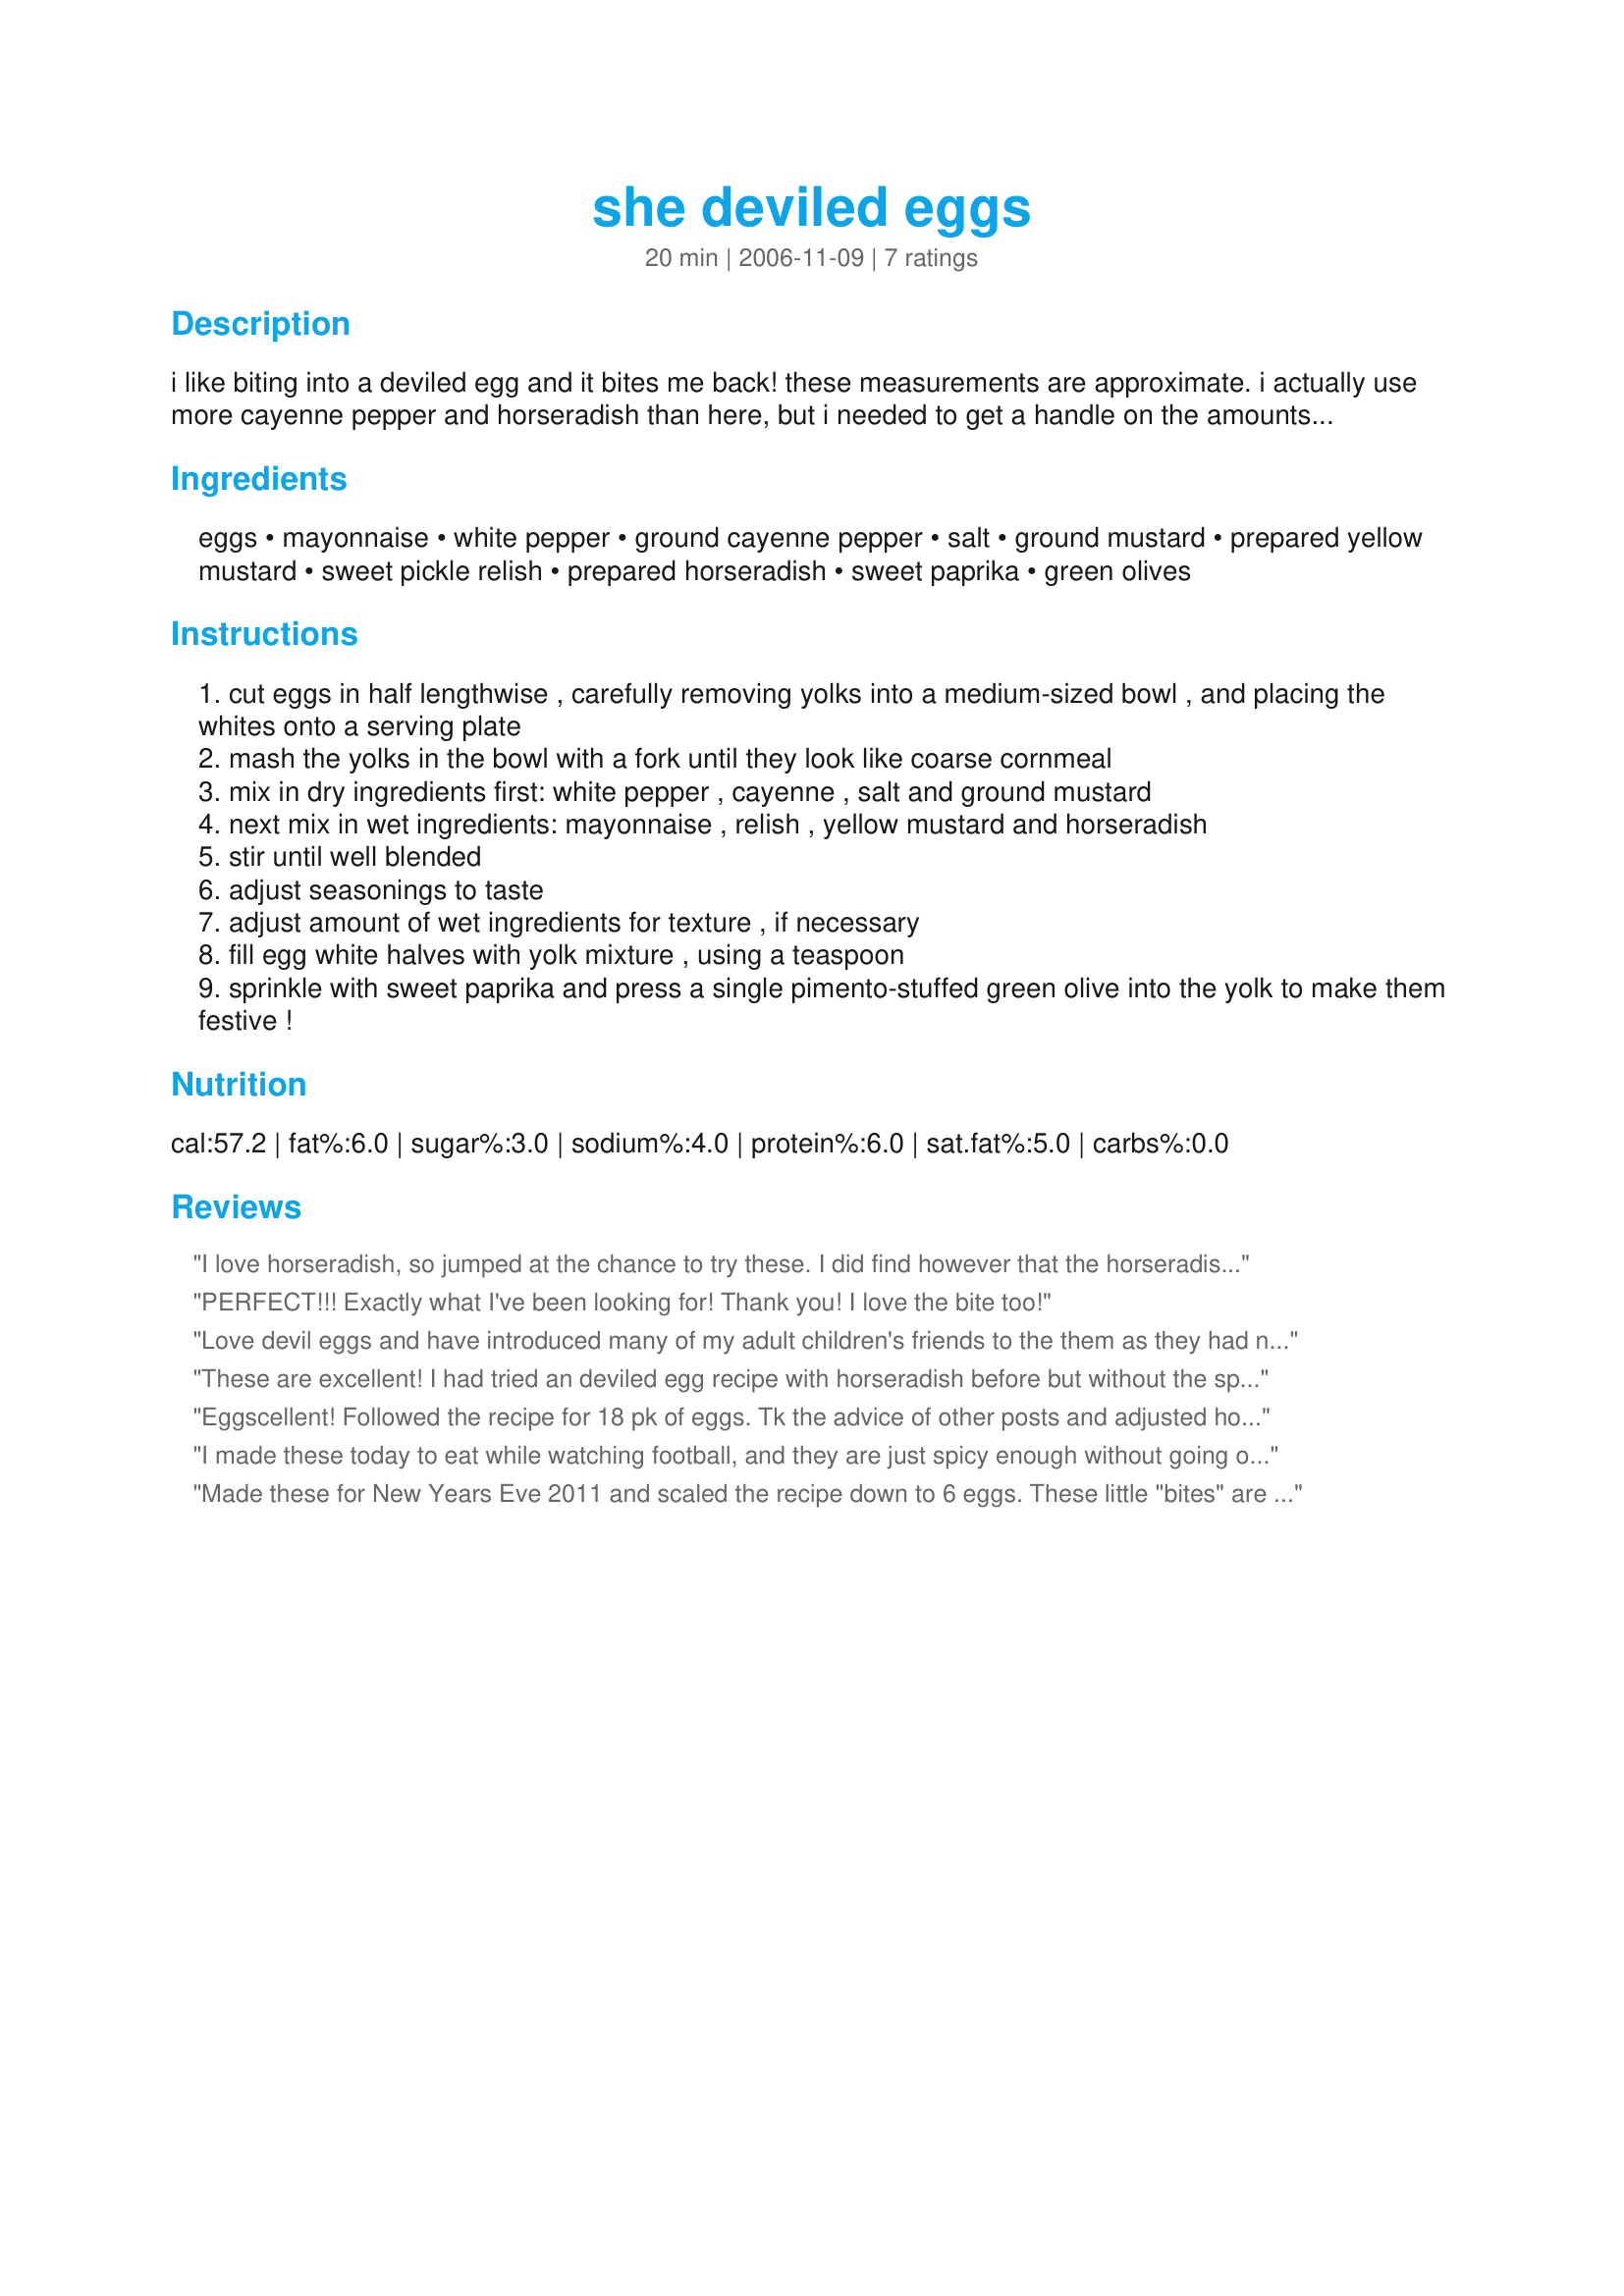
she deviled eggs
Preparation time: 20 minutes

i like biting into a deviled egg and it bites me back! these measurements are approximate. i actually use more cayenne pepper and horseradish than here, but i needed to get a handle on the amounts for sharing my recipe, and these proportions are good. i have not included the cooking time for boiling the eggs.

Ingredients:
eggs, mayonnaise, white pepper, ground cayenne pepper, salt, ground mustard, prepared yellow mustard, sweet pickle relish, prepared horseradish, sweet paprika, green olives

Steps:
cut eggs in half lengthwise , carefully removing yolks into a medium-sized bowl , and placing the whites onto a serving plate
mash the yolks in the bowl with a fork until they look like coarse cornmeal
mix in dry ingredients first: white pepper , cayenne , salt and ground mustard
next mix in wet ingredients: mayonnaise , relish , yellow mustard and horseradish
stir until well blended
adjust seasonings to taste
adjust amount of wet ingredients for texture , if necessary
fill egg white halves with yolk mixture , using a teaspoon
sprinkle with sweet paprika and press a single pimento-stuffed green olive into the yolk to make them festive !

Reviews:
I love horseradish, so jumped at the chance to try these. I did find however that the horseradish overpowered the other ingredients. I *will* be making them again, but will probably reduce the amount by half. Thanks for posting. I looking forward to doing this again.
PERFECT!!! Exactly what I've been looking for! Thank you! I love the bite too!
Love devil eggs and have introduced many of my adult children's friends to the them as they had never tasted them. Now when they are here, I will make sure I make some. This is an excellent recipe!! Love the horseradish as I never thought of that to try. Thanks to Divaconviva for a great recipe!!!

Gail
These are excellent! I had tried an deviled egg recipe with horseradish before but without the spices. This spice blend makes them even better. I did leave out the sweet relish to cut down on sugar. They were still great.
Eggscellent! Followed the recipe for 18 pk of eggs. Tk the advice of other posts and adjusted horseradish to 1/2 tho-perfecto! Thanks for sharing; it&#039;sour new fav Deviled eggs recipe!
I made these today to eat while watching football, and they are just spicy enough without going overboard. I did use dill relish as I do not care for the sweet type, but the rest stayed the same and I will be making these again. Love the horseradish in these. :)
Made these for New Years Eve 2011 and scaled the recipe down to 6 eggs. These little "bites" are indeed very good. Made exactly as stated and would, like another reviewer, probably cut down on the horseradish next time. The spices made them different from other deviled eggs, they were fun to make and very tasty.<br/>Thanks for posting.
